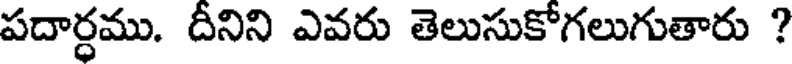
పదార్ధము. దీనిని ఎవరు తెలుసుకోగలుగుతారు ?